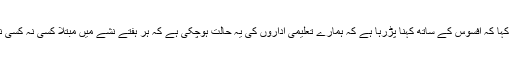
پرنسپل میاں رفیق احمد وٹو نے کہا کہ افسوس کے ساتھ کہنا پڑرہا ہے کہ ہمارے تعلیمی اداروں کی یہ حالت ہوچکی ہے کہ ہر ہفتے نشے میں مبتلا کسی نہ کسی نوجوان کی لاش برآمد ہوتی ہے۔